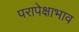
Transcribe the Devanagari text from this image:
परापेक्षाभाव